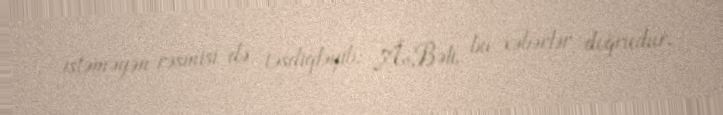
istəməyən rəsmisi də təsdiqləyib: Â«Bəli, bu xəbərlər doğrudur.